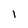
Character: 1